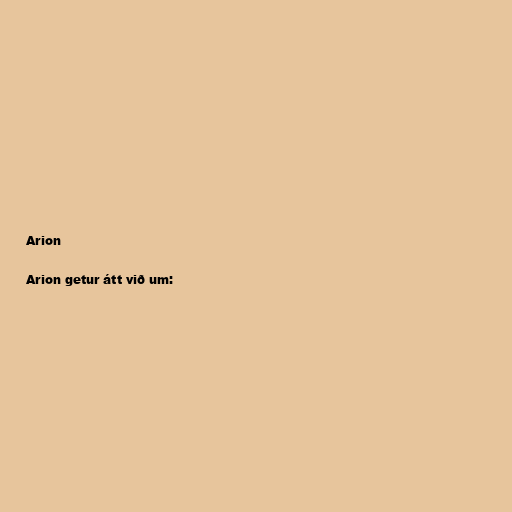
Arion

Arion getur átt við um: